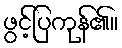
ဖွင့်ပြကုန်၏။